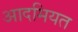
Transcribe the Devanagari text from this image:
आदमियत